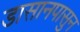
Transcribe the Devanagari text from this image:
डासानपासुन